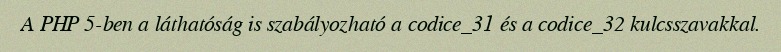
A PHP 5-ben a láthatóság is szabályozható a codice_31 és a codice_32 kulcsszavakkal.